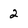
Character: 2